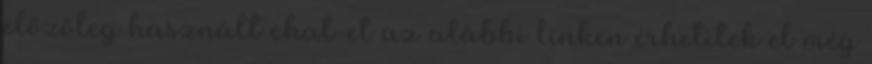
előzőleg használt chat-et az alábbi linken érhetitek el még